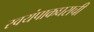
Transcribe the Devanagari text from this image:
स्वयंपाकघराची